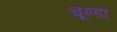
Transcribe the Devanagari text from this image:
चूण्डा